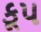
કૂપ